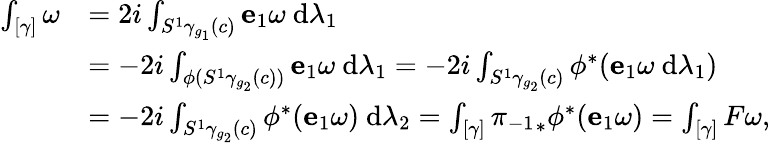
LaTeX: \begin{array}{rl}{\int_{[\gamma]}\omega}&{=2i\int_{S^{1}\gamma_{g_{1}}(c)}\mathbf{e}_{1}\omega~\mathrm{d}\lambda_{1}}\\ &{=-2i\int_{\phi(S^{1}\gamma_{g_{2}}(c))}\mathbf{e}_{1}\omega~\mathrm{d}\lambda_{1}=-2i\int_{S^{1}\gamma_{g_{2}}(c)}\phi^{*}(\mathbf{e}_{1}\omega~\mathrm{d}\lambda_{1})}\\ &{=-2i\int_{S^{1}\gamma_{g_{2}}(c)}\phi^{*}(\mathbf{e}_{1}\omega)~\mathrm{d}\lambda_{2}=\int_{[\gamma]}{\pi_{-1}}_{*}\phi^{*}(\mathbf{e}_{1}\omega)=\int_{[\gamma]}F\omega,}\end{array}